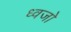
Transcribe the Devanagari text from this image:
ध्वजो